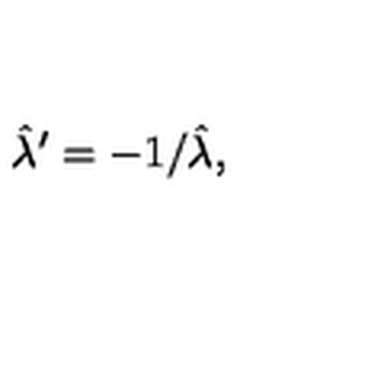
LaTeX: \hat { \lambda } ^ { \prime } = - 1 / \hat { \lambda } ,